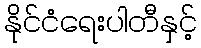
နိုင်ငံရေးပါတီနှင့်